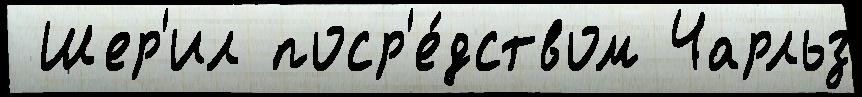
 Шер'ил поср'е́дством Чарльз